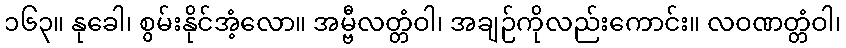
၁၆၃။ နုခေါ၊ စွမ်းနိုင်အံ့လော။ အမ္ဗီလတ္တံဝါ၊ အချဉ်ကိုလည်းကောင်း။ လဝဏတ္တံဝါ၊